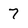
Character: 7